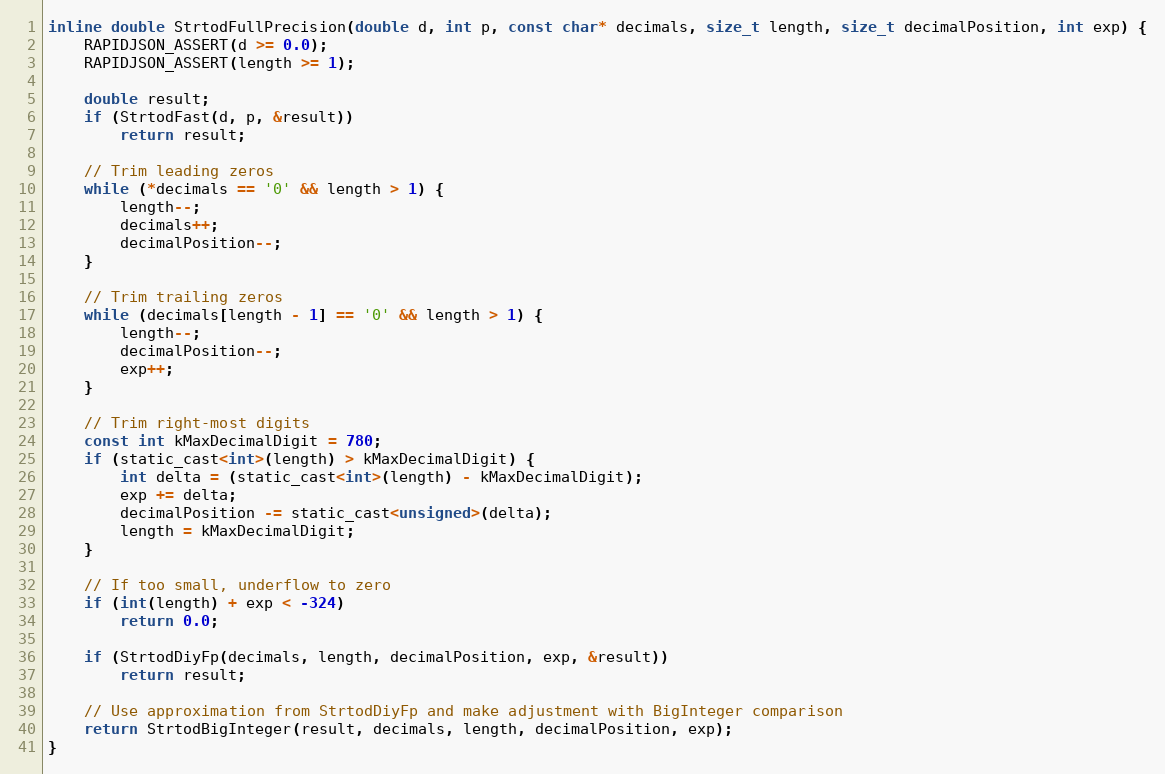
Language: C
inline double StrtodFullPrecision(double d, int p, const char* decimals, size_t length, size_t decimalPosition, int exp) {
    RAPIDJSON_ASSERT(d >= 0.0);
    RAPIDJSON_ASSERT(length >= 1);

    double result;
    if (StrtodFast(d, p, &result))
        return result;

    // Trim leading zeros
    while (*decimals == '0' && length > 1) {
        length--;
        decimals++;
        decimalPosition--;
    }

    // Trim trailing zeros
    while (decimals[length - 1] == '0' && length > 1) {
        length--;
        decimalPosition--;
        exp++;
    }

    // Trim right-most digits
    const int kMaxDecimalDigit = 780;
    if (static_cast<int>(length) > kMaxDecimalDigit) {
        int delta = (static_cast<int>(length) - kMaxDecimalDigit);
        exp += delta;
        decimalPosition -= static_cast<unsigned>(delta);
        length = kMaxDecimalDigit;
    }

    // If too small, underflow to zero
    if (int(length) + exp < -324)
        return 0.0;

    if (StrtodDiyFp(decimals, length, decimalPosition, exp, &result))
        return result;

    // Use approximation from StrtodDiyFp and make adjustment with BigInteger comparison
    return StrtodBigInteger(result, decimals, length, decimalPosition, exp);
}